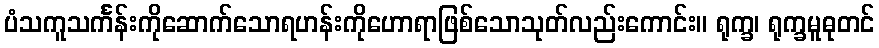
ပံသကူသင်္ကန်းကိုဆောက်သောရဟန်းကိုဟောရာဖြစ်သောသုတ်လည်းကောင်း။ ရုက္ခ၊ ရုက္ခမူဓုတင်